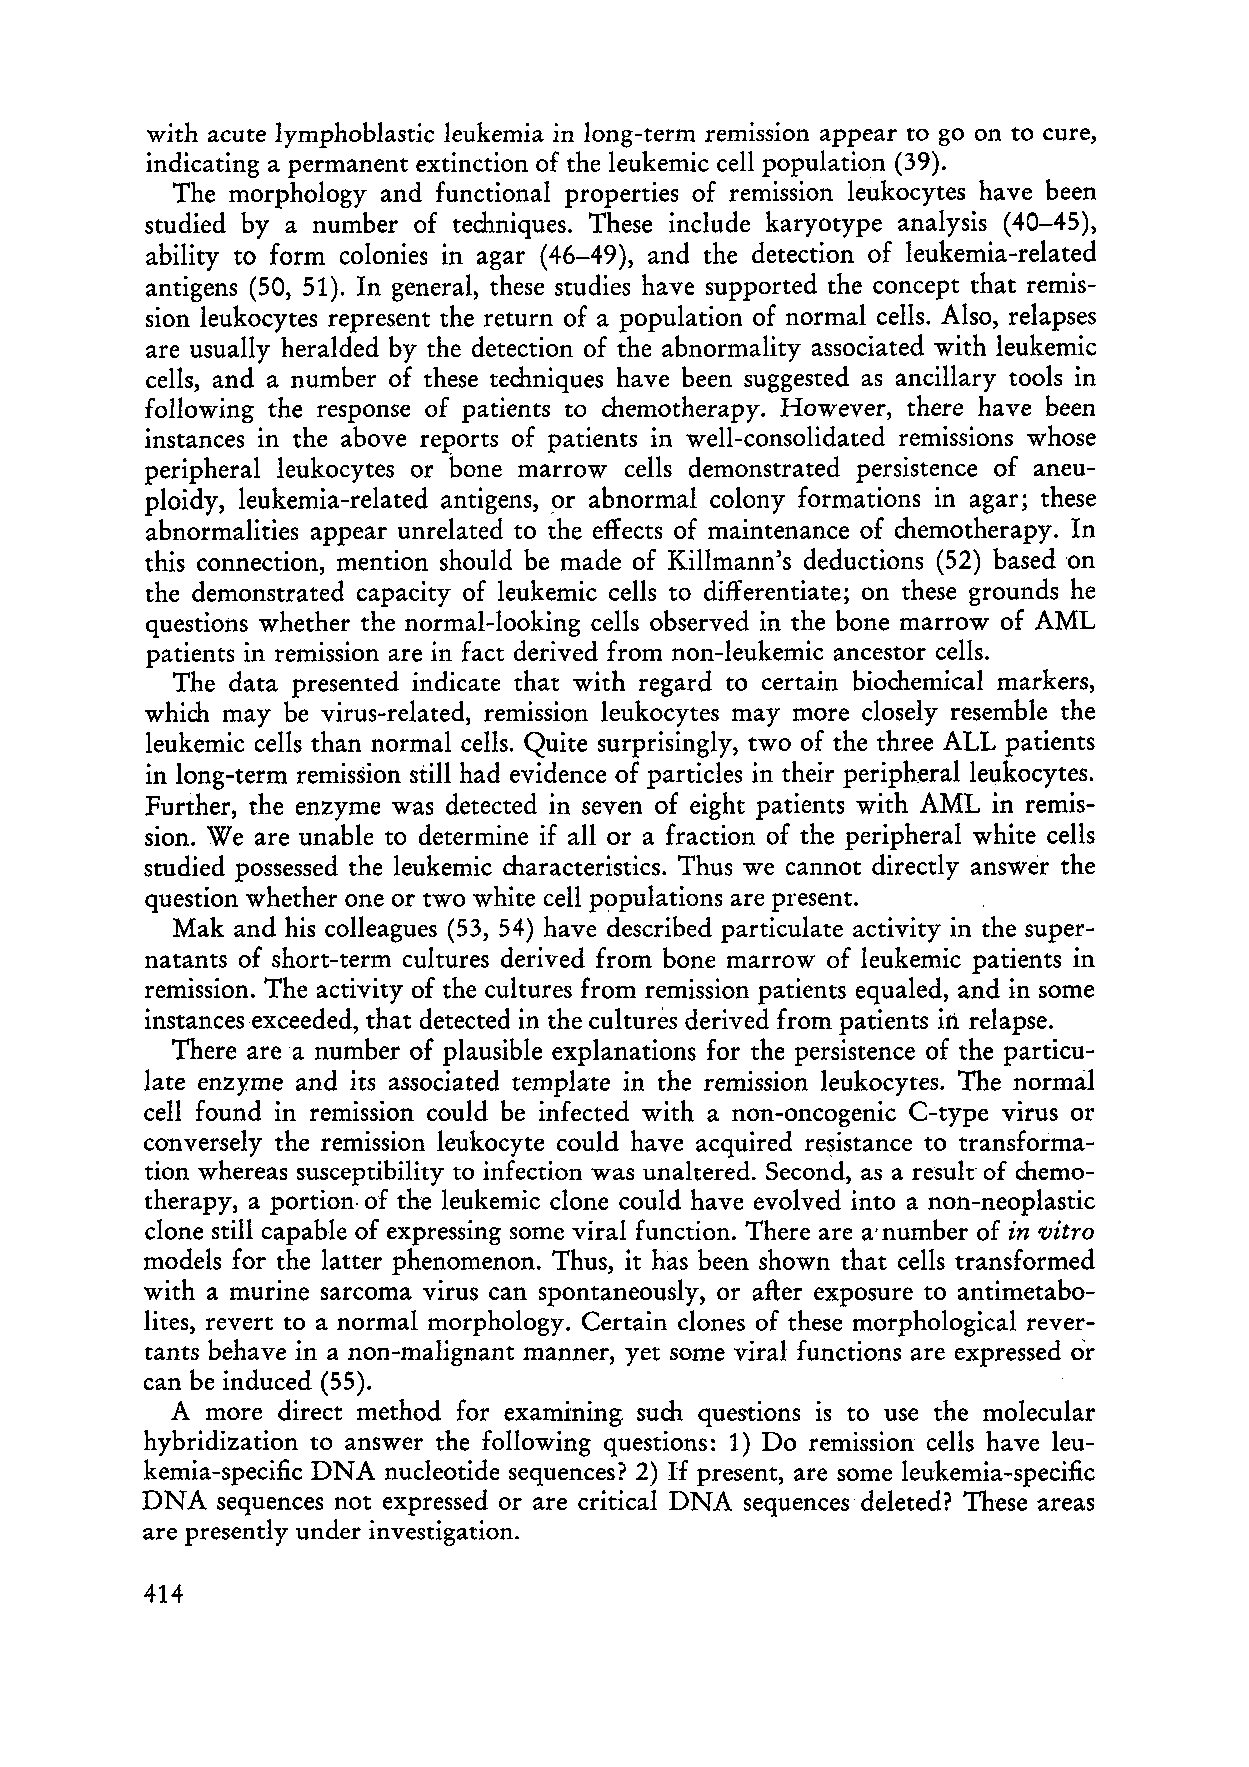
with aeute lymphoblastie leukemia in long-term remission appear to go on to eure,
 indieating a permanent extinction of the leukemic cell population (39).
 The morphology and functional properties of remission leukocytes ha ve been
 studied by a number of techniques. These include karyotype analysis (40-45),
 ability to form colonies in agar (46-49), and the detection of leukemia-related
 antigens (50, 51). In general, these studies have supported the concept that remis
 sion leukocytes represent the return of a population of normal cells. Also, relapses
 are usually heralded by the detection of the abnormality associated with leukemic
 cells, and a number of these techniques have been suggested as aneillary tools in
 following the response of patients to chemotherapy. However, there have been
 instances in the above reports of patients in well-consolidated remissions whose
 peripheral leukocytes or hone marrow cells demonstrated persistence of aneu
 ploidy, leukemia-related antigens, 9r abnormal colony formations in agar; these
 abnormalities appear unrelated to the effects of maintenance of chemotherapy. In
 this connection, mention should be made of Killmann's deductions (52) basedon
 the demonstrated capacity of leukemic eells to differentiate; on these grounds he
 questions whether the normal-Iooking cells observed in the bone marrow of AML
 patients in remission are in fact derived from non-Ieukemic ancestor cells.
 The data presented indicate that with regard to certain biochemical markers,
 which may be virus-related, remission leukocytes may more closely resemble the
 leukemic cells than normal cells. Quite surprisingly, two of the three ALL patients
 in long-term remission still had evidence of particles in their peripheralleukocytes.
 Further, the enzyme was detected in seven of eight patients with AML in remis
 sion. We are unable to determine if all or a fraction of the peripher al white cells
 studied possessed the leukemic characteristics. Thus we cannot directly answer the
 question wh ether one or two white cell populations are present.
 Mak and his colleagues (53, 54) have described particulate activity in the super
 natants of short-term cultures derived from bone marrow of leukemic patients in
 remission. The activity of the cultures from remission patients equaled, and in some
 instancesexceeded, that detected in the cultures derived from patients in relapse.
 There are a number of plausible explanations for the persistence of the particu
 late enzyme and its associated template in the remission leukocytes. The normal
 cell found in remission could be infected with a non-oncogenic C-type virus
 01'
 conversely the remission leukocyte could have acquired resistance to transforma
 tion whereas susceptibility to infection was unaltered. Second, as a result· of chemo
 therapy, a portion. oE the leukemic clone could have evolved into a non-neoplastic
 clone still capable of expressing some viral function. There are a' number of in vitro
 models for the latter phenomenon. Thus, it has been shown that cells transformed
 with a murine sarcoma virus can spontaneously, or after exposure to antimetabo
 lites, revert to anormal morphology. Certain clones of these morphological rever
 tants behave in a non-malignant manner, yet some viral functions are expressed o'r
 can be induced (55).
 A  more direct method for examining. such questions is to use the molecular
 hybridization to answer the following questions: 1) Do remission cells have leu
 kemia-specific DNA nucleotide sequences? 2) If present, are some leukemia-specific
 DNA  sequences not expressed or are critical DNA sequences' deleted? These areas
 are presently under investigation.
 414